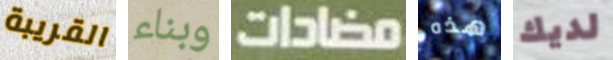
القريبة وبناء مضادات هذه لديك